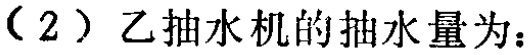
（2）乙抽水机的抽水量为：